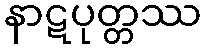
နာဋပုတ္တဿ